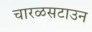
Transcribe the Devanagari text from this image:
चारळसटाउन